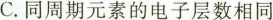
C.同周期元素的电子层数相同